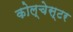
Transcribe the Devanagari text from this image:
कोल्चेस्टर